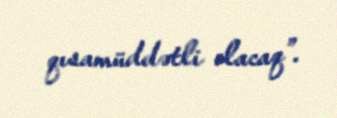
qısamüddətli olacaq”.